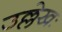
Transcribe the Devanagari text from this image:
उल्लेखः